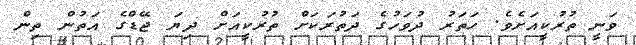
ވަނީ ތުރުކީއަށެވެ. ހަތަރު ދުވަހުގެ ދަތުރަކަށް ތުރުކީއަށް ދިޔަ ޖޭޑްގެ އަތުން ތިން